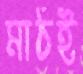
মাঠই